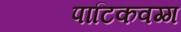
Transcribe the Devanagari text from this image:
पाटिकवग्ग